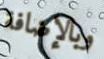
وبالإضافة